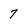
Character: 7